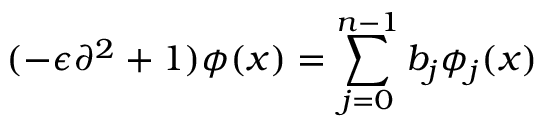
( - \epsilon \partial ^ { 2 } + 1 ) \phi ( x ) = \sum _ { j = 0 } ^ { n - 1 } b _ { j } \phi _ { j } ( x )